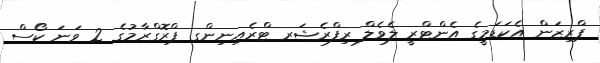
ޕްރިޒަން އެކަޑަމީގެ އެންޓްރީ ލެވެލް ރިފްރެޝަރ ޓްރެއިނިންގ ޕްރޮގްރާމުގެ 2 ވަނަ ކޯސް